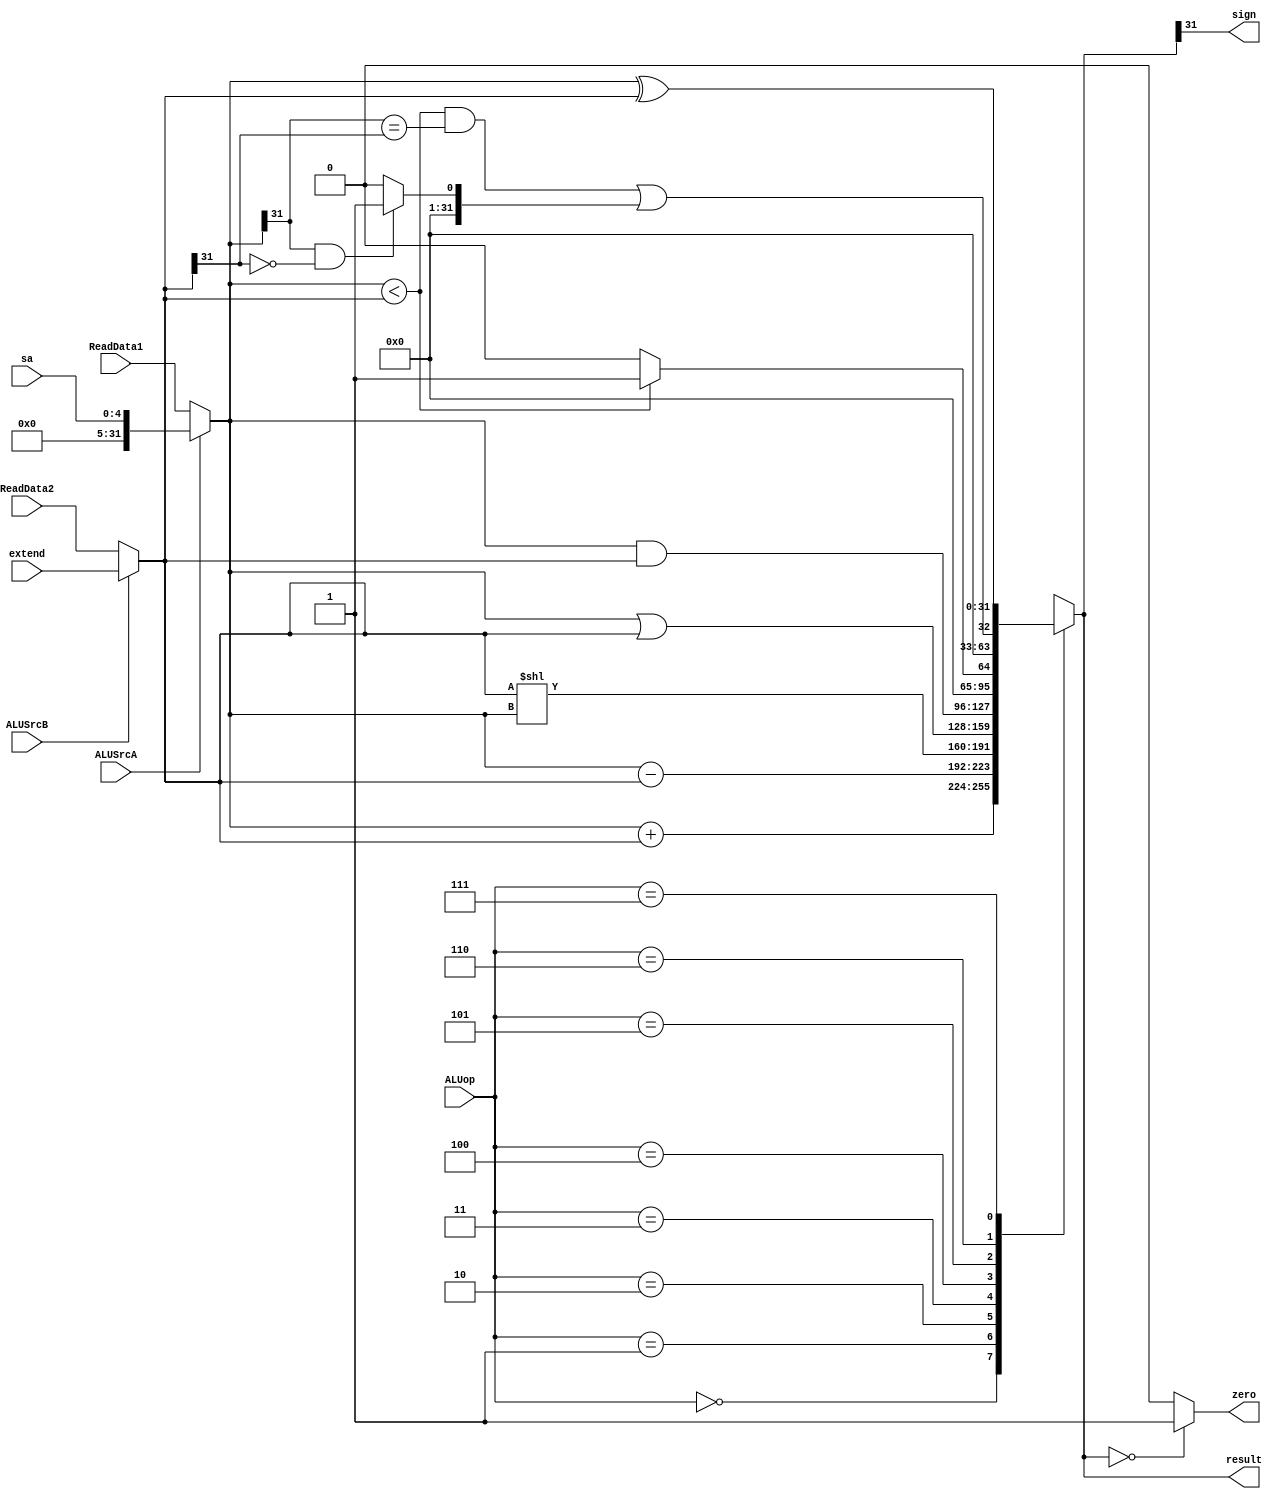
`timescale 1ns / 1ps
//////////////////////////////////////////////////////////////////////////////////
// Company: 
// Engineer: 
// 
// Design Name: 
// Module Name: ALU
// Project Name: 
// Target Devices: 
// Tool Versions: 
// Description: 
// 
// Dependencies: 
// 
// Revision:
// Revision 0.01 - File Created
// Additional Comments:
// 
//////////////////////////////////////////////////////////////////////////////////


module ALU(
    input [31:0] ReadData1,
    input [31:0] ReadData2,
    input [4:0] sa,
    input [31:0] extend,
    input ALUSrcA,
    input ALUSrcB,
    input [2:0] ALUop,
    output reg sign,
    output reg zero,
    output reg [31:0] result
    );
    
    reg [31:0] A;
    reg [31:0] B;

    always@(*) begin
        A = (ALUSrcA == 0) ? ReadData1 : sa;
        B = (ALUSrcB == 0) ? ReadData2 : extend;
        case(ALUop)
            3'b000: result = A + B;
            3'b001: result = A - B;
            3'b010: result = B << A;
            3'b011: result = A | B;
            3'b100: result = A & B;
            3'b101: result = (A < B) ? 1 : 0;
            3'b110: result = ((A < B) && (A[31] == B[31]))||(((A[31] == 1) && (B[31] == 0)) ? 1 : 0);
            3'b111: result = A ^ B;
        endcase
        zero = (result == 0) ? 1 : 0;
        sign = result[31];
    end
endmodule